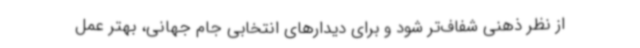
از نظر ذهنی شفاف‌تر شود و برای دیدارهای انتخابی جام جهانی، بهتر عمل